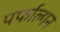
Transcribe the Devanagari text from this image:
पर्फाल्गन